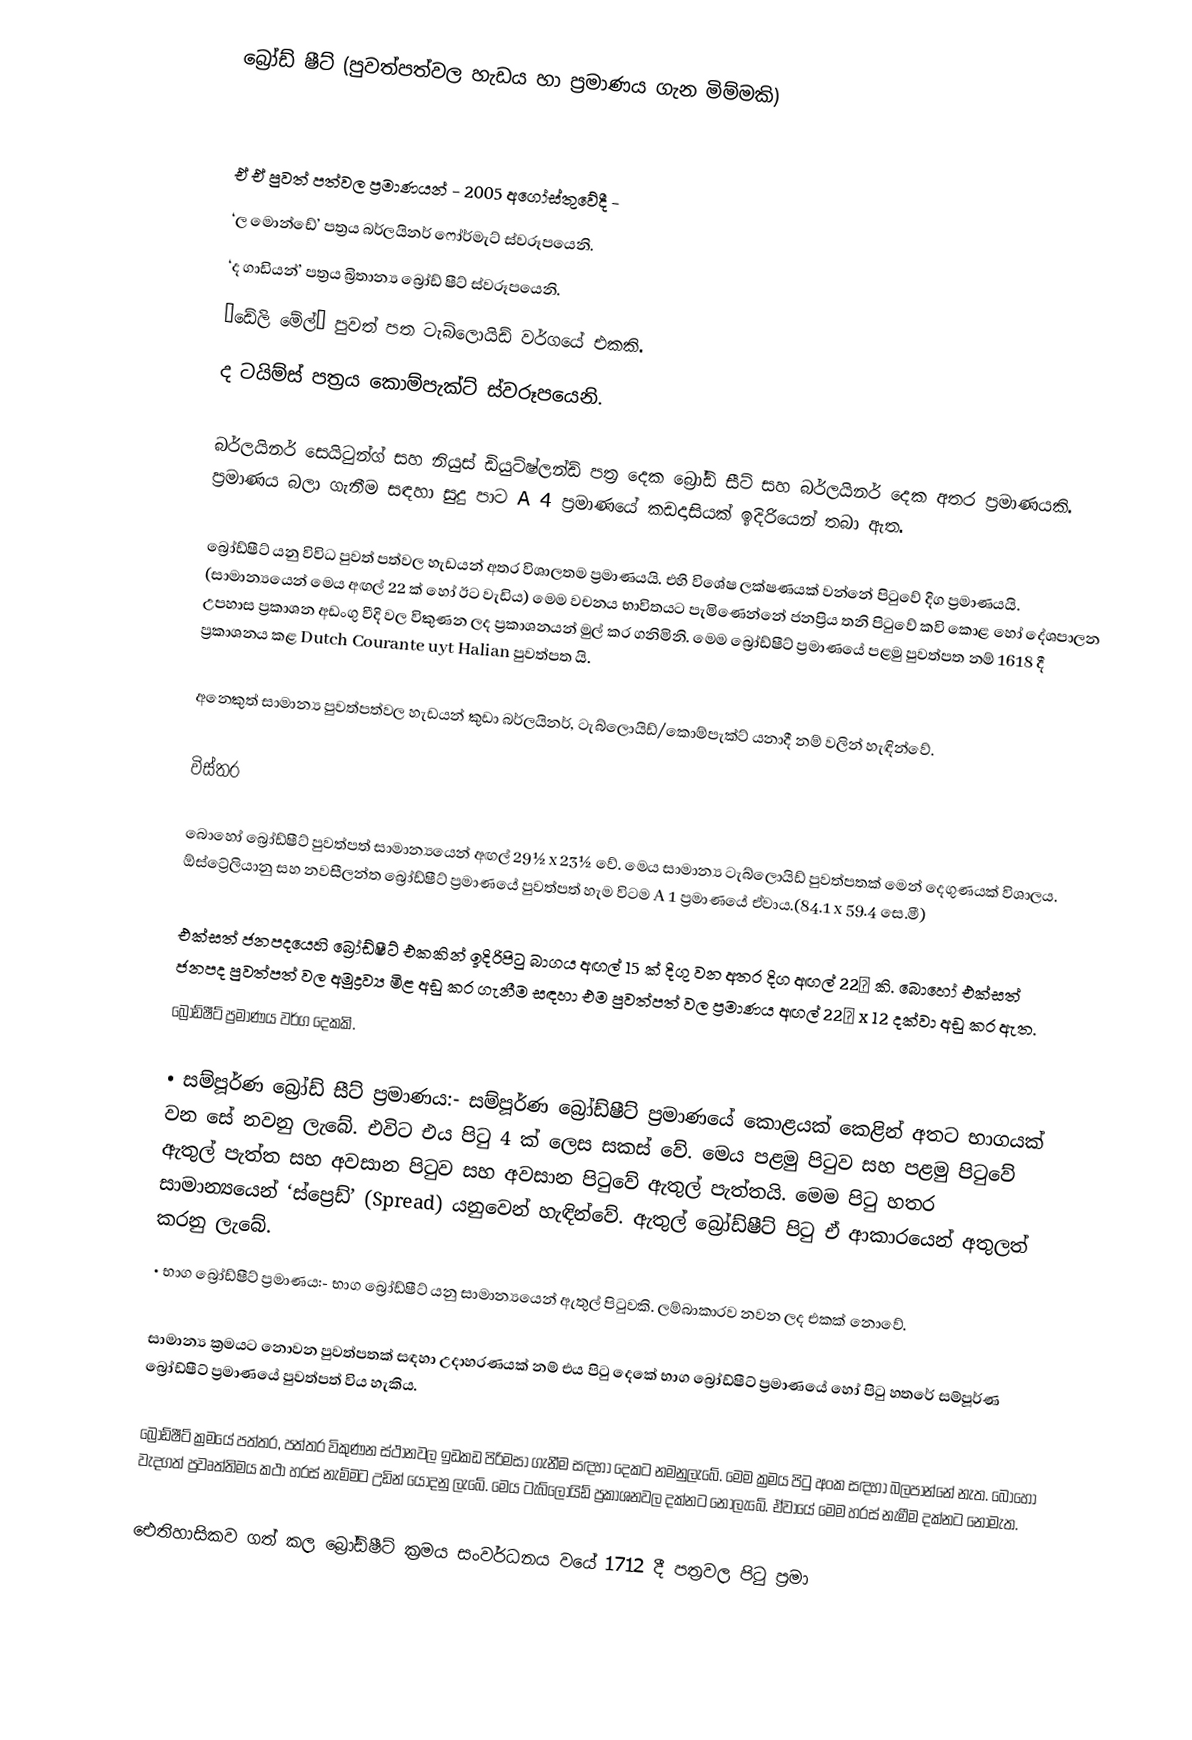
බ්‍රෝඩ් ෂීට් (පුවත්පත්වල හැඩය හා ප්‍රමාණය ගැන මිම්මකි)

             ඒ ඒ පුවත් පත්වල ප්‍රමාණයන් - 2005 අගෝස්තුවේදී -
‘ල මොන්ඩේ’ පත්‍රය බර්ලයිනර් ෆෝර්මැට් ස්වරූපයෙනි.
‘ද ගාඩියන්’ පත්‍රය බ්‍රිතාන්‍ය බ්‍රෝඩ් ෂීට් ස්වරූපයෙනි.
‘ඩේලි මේල්’ පුවත් පත ටැබ්ලොයිඩ් වර්ගයේ එකකි.
ද ටයිම්ස් පත්‍රය කොම්පැක්ට් ස්වරූ‍පයෙනි.

බර්ලයිනර් සෙයිටුන්ග් සහ නියුස් ඩියුට්ෂ්ලන්ඩ් පත්‍ර දෙක බ්‍රෝඩ් සීට් සහ බර්ලයිනර් දෙක අතර ප්‍රමාණයකි. ප්‍රමාණය බලා ගැනීම සඳහා සුදු පාට A 4 ප්‍රමාණයේ කඩදාසියක් ඉදිරියෙන් තබා ඇත.

බ්‍රෝඩ්ෂීට් යනු විවිධ පුවත් පත්වල හැඩයන් අතර විශාලතම ප්‍රමාණයයි. එහි විශේෂ ලක්ෂණයක් වන්නේ පිටුවේ දිග ප්‍රමාණයයි. (සාමාන්‍යයෙන් මෙය අඟල් 22 ක් හෝ ඊට වැඩිය) මෙම වචනය භාවිතයට පැමිණෙන්නේ ජනප්‍රිය තනි පිටුවේ කවි කොළ හෝ දේශපාලන උපහාස ප්‍රකාශන අඩංගු වීදි වල විකුණන ලද ප්‍රකාශනයන් මුල් කර ගනිමිනි. මෙම බ්‍රෝඩ්ෂීට් ප්‍රමාණයේ පළමු පුවත්පත නම් 1618 දී ප්‍රකාශනය කළ Dutch Courante uyt Halian පුවත්පත යි.

අනෙකුත් සාමාන්‍ය පුවත්පත්වල හැඩයන් කුඩා බර්ලයිනර්, ටැබ්ලොයිඩ්/කොම්පැක්ට් යනාදී නම් වලින් හැඳින්වේ.

විස්තර

බොහෝ බ්‍රෝඩ්ෂීට් පුවත්පත් සාමාන්‍යයෙන් අඟල් 29½  x 23½ වේ. මෙය සාමාන්‍ය ටැබ්ලොයිඩ් පුවත්පතක් මෙන් දෙගුණයක් විශාලය. ඕස්ට්‍රේලියානු සහ නවසීලන්ත බ්‍රෝඩ්ෂීට් ප්‍රමාණයේ පුවත්පත් හැම විටම A 1 ප්‍රමාණයේ ඒවාය.(84.1 x 59.4 සෙ.මී)

එක්සත් ජනපදයෙහි බ්‍රෝඩ්ෂීට් එකකින් ඉදිරිපිටු බාගය අඟල් 15 ක් දිගු වන අතර දිග අඟල් 22¾ කි. බොහෝ එක්සත් ජනපද පුවත්පත් වල අමුද්‍රව්‍ය මිළ අඩු කර ගැනීම සඳහා එම පුවත්පත් වල ප්‍රමාණය අඟල් 22¾ x 12 දක්වා අඩු කර ඇත.
බ්‍රෝඩ්ෂීට් ප්‍රමාණය වර්ග දෙකකි.

•	සම්පූර්ණ බ්‍රෝඩ් සීට් ප්‍රමාණය:-  සම්පූර්ණ බ්‍රෝඩ්ෂීට් ප්‍රමාණයේ කොළයක් කෙළින් අතට භාගයක් වන සේ නවනු ලැබේ. එවිට එය පිටු 4 ක් ලෙස සකස් වේ. මෙය පළමු පිටුව සහ පළමු පිටුවේ ඇතුල් පැත්ත සහ අවසාන පිටුව සහ අවසාන පිටුවේ ඇතුල් පැත්තයි. මෙම පිටු හතර සාමාන්‍යයෙන් ‘ස්ප්‍රෙඩ්’ (Spread) යනුවෙන් හැඳින්වේ. ඇතුල් බ්‍රෝඩ්ෂීට් පිටු ඒ ආකාරයෙන් අතුලත් කරනු ලැබේ.
•	භාග බ්‍රෝඩ්ෂීට් ප්‍රමාණය:-  භාග බ්‍රෝඩ්ෂීට් යනු සාමාන්‍යයෙන් ඇතුල් පිටුවකි. ලම්බාකාරව නවන ලද එකක් නොවේ.

සාමාන්‍ය ක්‍රමයට නොවන පුවත්පතක් සඳහා උදාහරණයක් නම් එය පිටු දෙකේ භාග බ්‍රෝඩ්ෂීට් ප්‍රමාණයේ හෝ පිටු හතරේ සම්පූර්ණ බ්‍රෝඩ්ෂීට් ප්‍රමාණයේ පුවත්පත් විය හැකිය.

බ්‍රෝඩ්ෂීට් ක්‍රමයේ පත්තර, පත්තර විකුණන ස්ථානවල ඉඩකඩ පිරිමසා ගැනීම සඳහා දෙකට නමනුලැබේ. මෙම ක්‍රමය පිටු අංක සඳහා බලපාන්නේ නැත. බොහෝ වැදගත් ප්‍රවෘත්තිමය කථා හරස් නැම්මට උඩින් යොදනු ලැබේ. මෙය ටැබ්ලොයිඩ් ප්‍රකාශනවල දක්නට නොලැබේ. ඒවායේ මෙම හරස් නැමීම දක්නට නොමැත.

ඓතිහාසිකව ගත් කල බ්‍රෝඩ්ෂීට් ක්‍රමය සංවර්ධනය වයේ 1712 දී පත්‍රවල පිටු ප්‍රමා